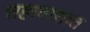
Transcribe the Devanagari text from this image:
सहावासात